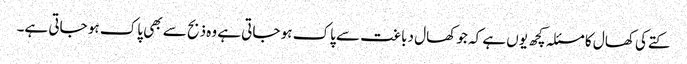
کتےکی کھال کا مسئلہ کچھ یوں ہے کہ جو کھال دباغت سے پاک ہو جاتی ہے وہ ذبح سے بھی پاک ہو جاتی ہے۔